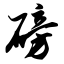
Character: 磅